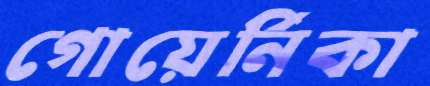
গোয়ের্নিকা